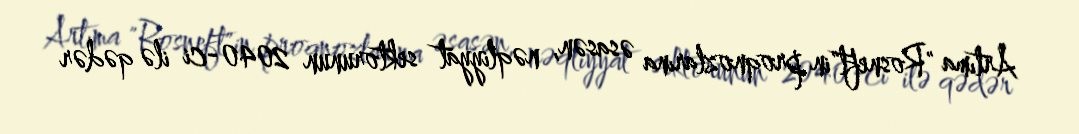
Artıma "Rosneft"in proqnozlarına əsasən, nəqliyyat sektorunun 2040-ci ilə qədər